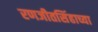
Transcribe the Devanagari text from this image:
रणजीतसिंहाच्या